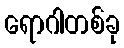
ရောဂါတစ်ခု